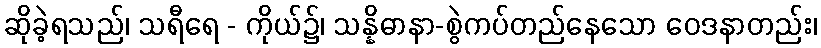
ဆိုခဲ့ရသည်၊ သရီရေ - ကိုယ်၌၊ သန္နိဓာနာ-စွဲကပ်တည်နေသော ဝေဒနာတည်း၊